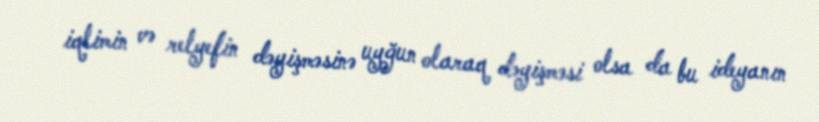
iqlimin və relyefin dəyişməsinə uyğun olaraq dəyişməsi olsa da bu ideyanın